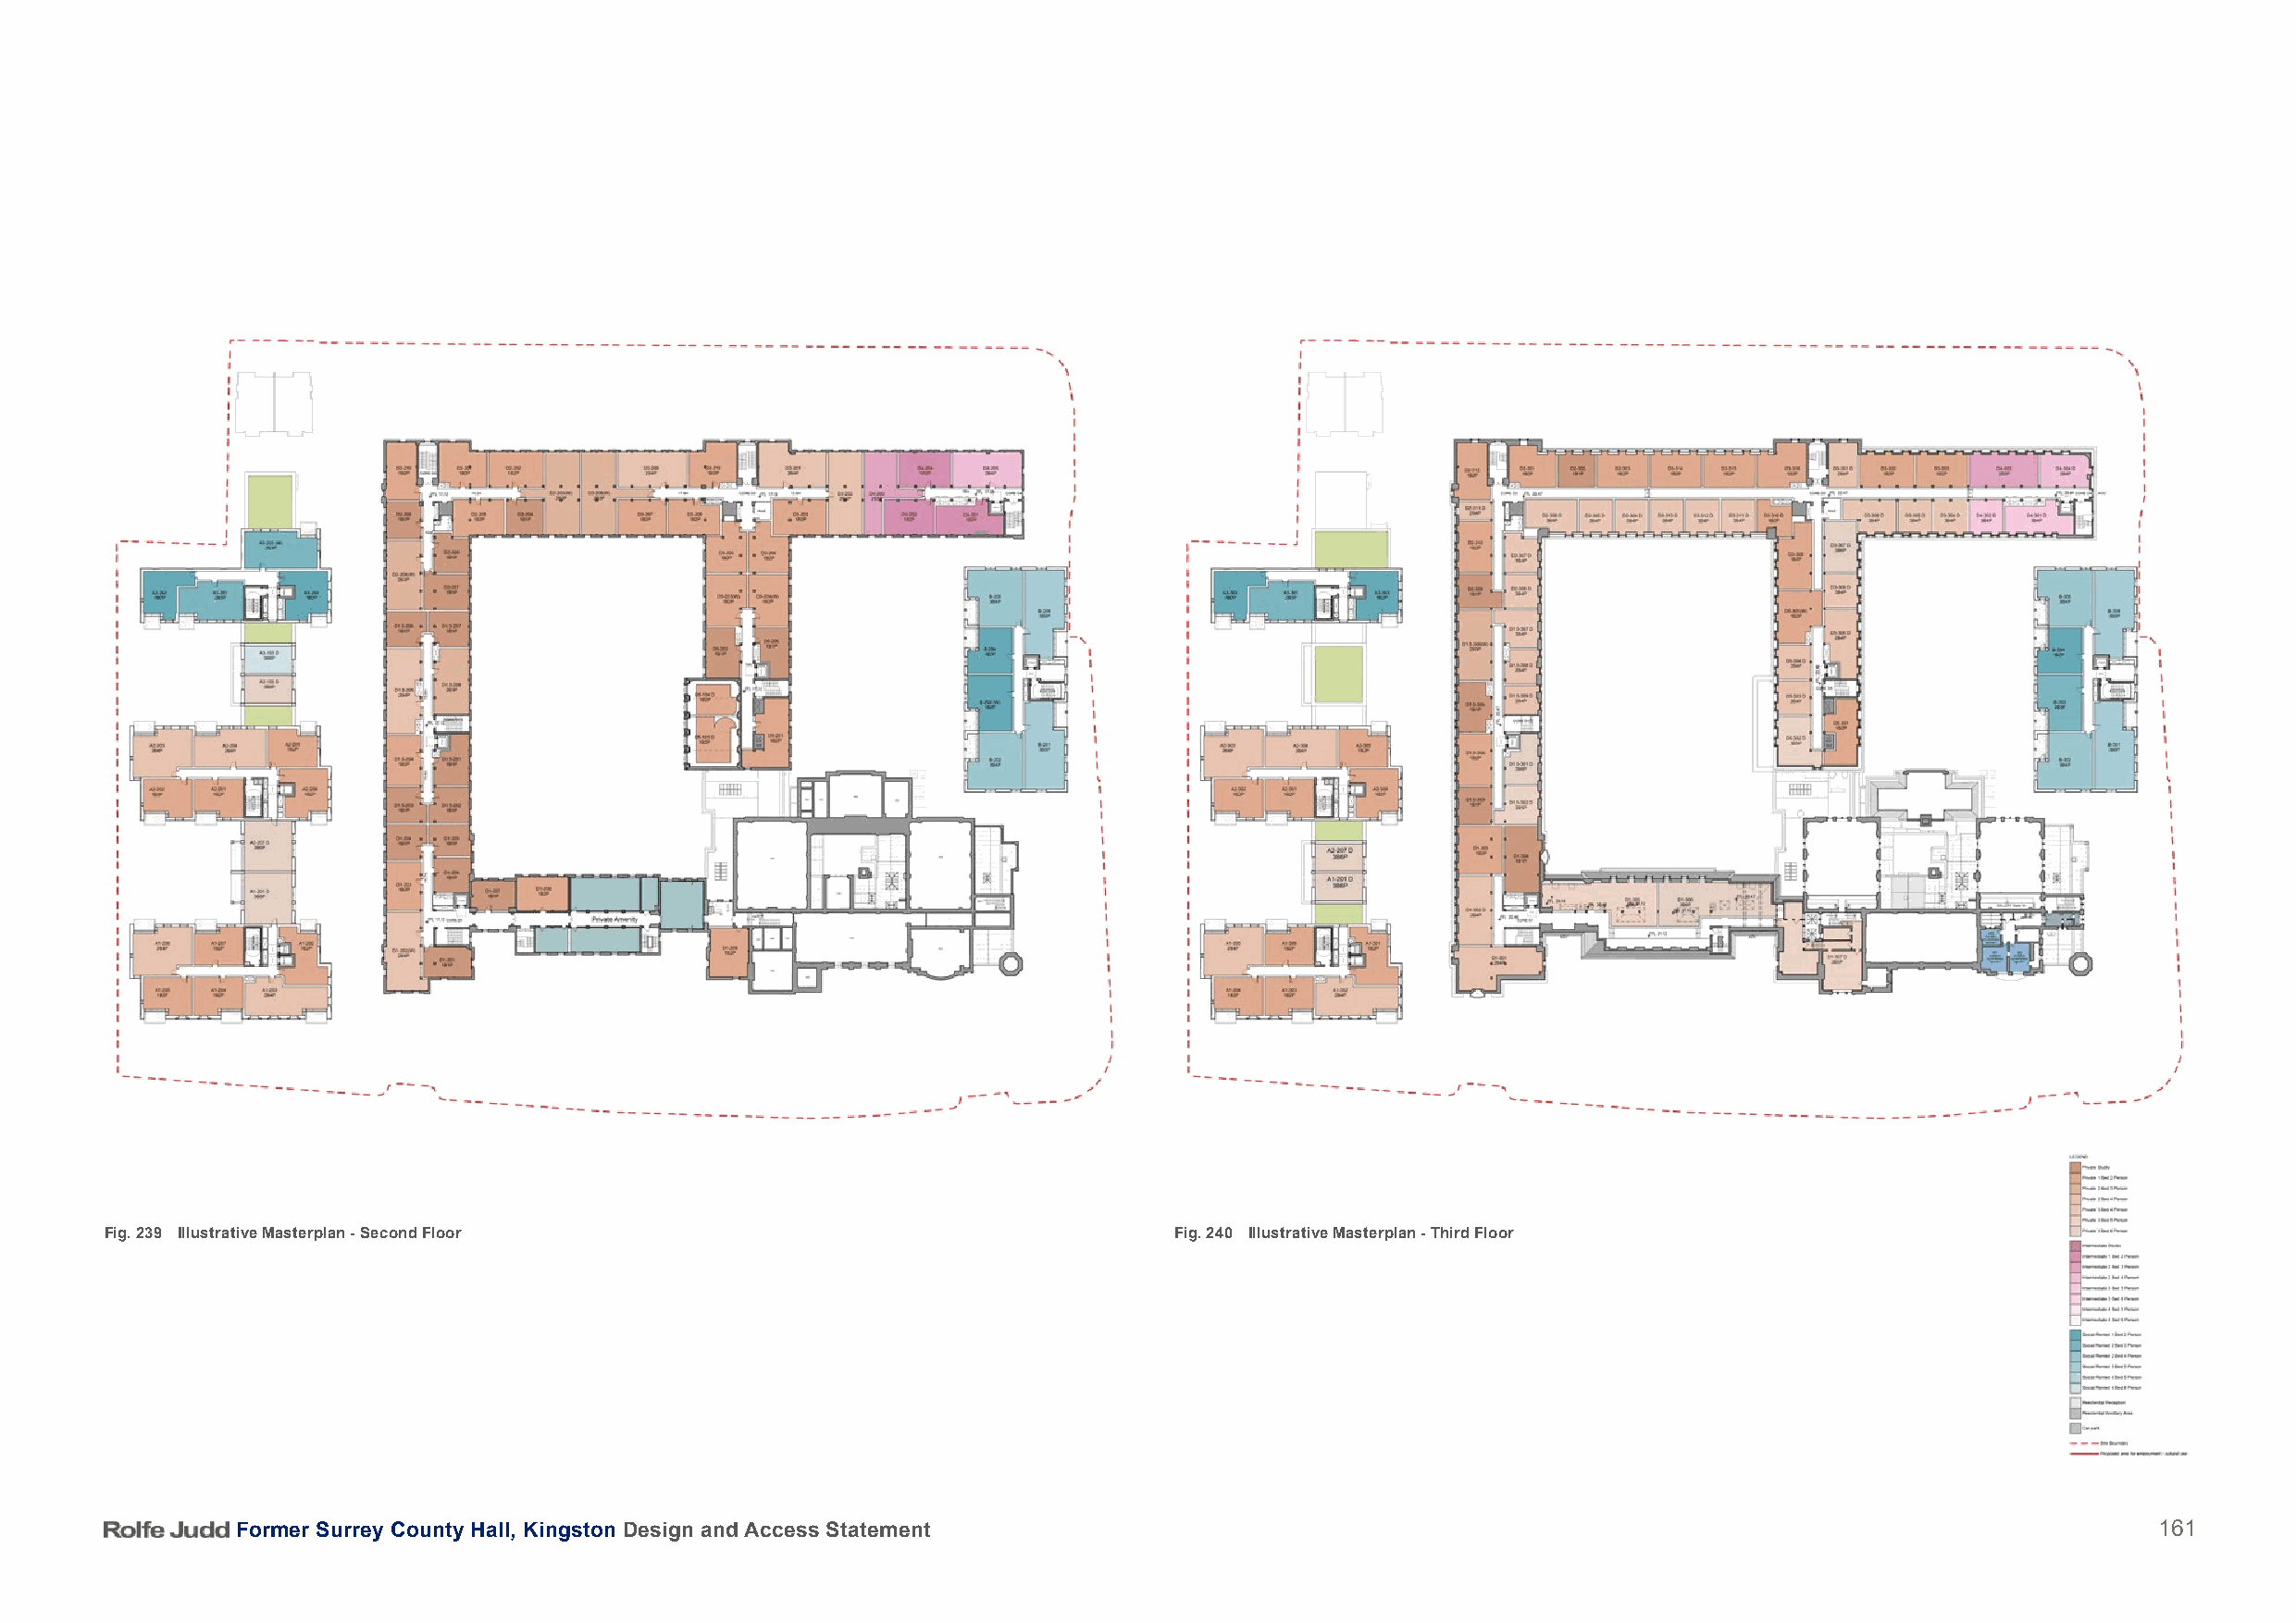
Fig. 239 Illustrative Masterplan - Second Floor                              Fig. 240 Illustrative Masterplan - Third Floor
 Former Surrey County Hall, Kingston Design and Access Statement                                                                          161